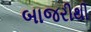
બાજરીથી